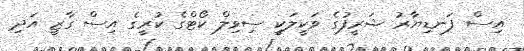
އިސް ފަނޑިޔާރު ޝަރީފުގެ ވަކީލަކީ ސިވިލް ކޯޓްގެ ކުރީގެ އިސް ގާޒީ އަދި